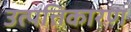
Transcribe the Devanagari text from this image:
उत्पत्तिकारण